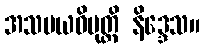
အသမယဝိမုတ္တိ နိဒ္ဒေသ။